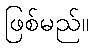
ဖြစ်မည်။